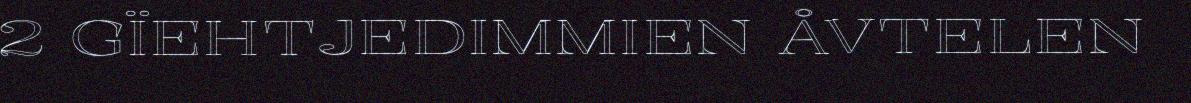
2 GÏEHTJEDIMMIEN ÅVTELEN